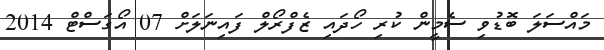
މައްސަލަ ބޮޑުވި ސެމީން ކުރި ހޯދައި ޒެފްރޯލް ފައިނަލަށް 07 އޯގަސްޓް 2014